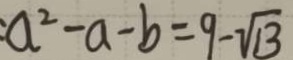
a ^ { 2 } - a - b = 9 - \sqrt { 1 3 }